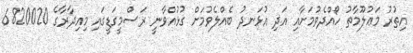
އިތުރު މަޢުލޫމާތު ހޯއްދެވުމަށާއި އަދި އުޅަނދު ބެއްލެވުމަށް ގުޅުއްވާނީ ރަސްމީގަޑީގައި މިއިދާރާގެ 6820020